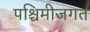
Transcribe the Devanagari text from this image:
पश्चिमीजगत